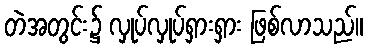
တဲအတွင်း၌ လှုပ်လှုပ်ရှားရှား ဖြစ်လာသည်။